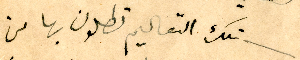
تلك التعاليم تطلون بها من